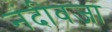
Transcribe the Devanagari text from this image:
नंदीवजा